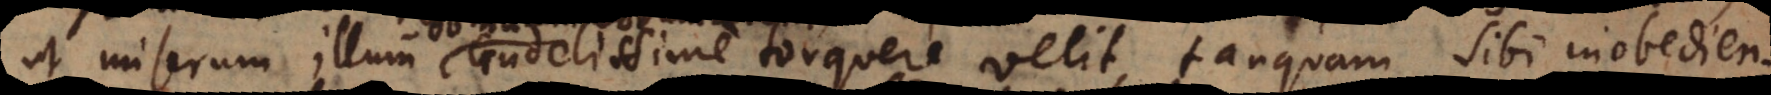
ut miserum illum crudelissime torquere velit, tanquam sibi inobedien